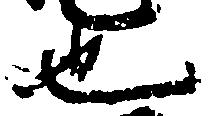
也